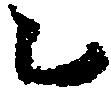
乙